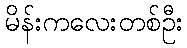
မိန်းကလေးတစ်ဦး